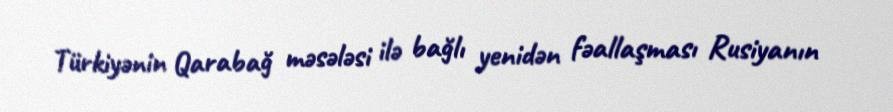
Türkiyənin Qarabağ məsələsi ilə bağlı yenidən fəallaşması Rusiyanın